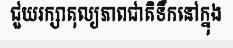
ជួយរក្សាតុល្យភាពជាតិទឹកនៅក្នុង